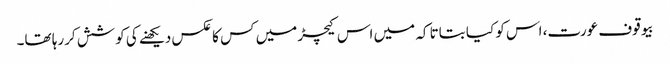
بیوقوف عورت، اس کو کیا بتاتا کہ میں اس کیچڑ میں کس کا عکس دیکھنے کی کوشش کررہا تھا۔